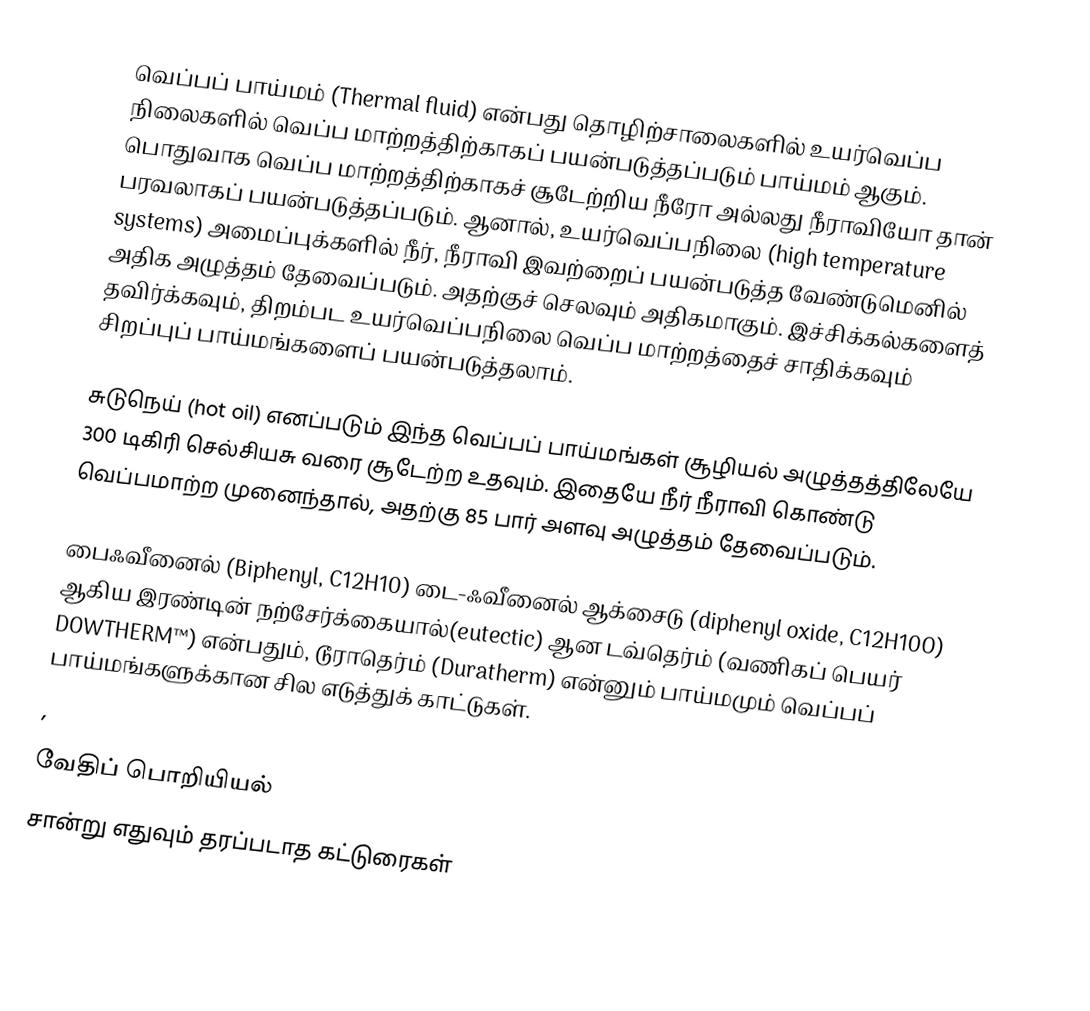
வெப்பப் பாய்மம் (Thermal fluid) என்பது தொழிற்சாலைகளில் உயர்வெப்ப நிலைகளில் வெப்ப மாற்றத்திற்காகப் பயன்படுத்தப்படும் பாய்மம் ஆகும். பொதுவாக வெப்ப மாற்றத்திற்காகச் சூடேற்றிய நீரோ அல்லது நீராவியோ தான் பரவலாகப் பயன்படுத்தப்படும். ஆனால், உயர்வெப்பநிலை (high temperature systems) அமைப்புக்களில் நீர், நீராவி இவற்றைப் பயன்படுத்த வேண்டுமெனில் அதிக அழுத்தம் தேவைப்படும். அதற்குச் செலவும் அதிகமாகும். இச்சிக்கல்களைத் தவிர்க்கவும், திறம்பட உயர்வெப்பநிலை வெப்ப மாற்றத்தைச் சாதிக்கவும் சிறப்புப் பாய்மங்களைப் பயன்படுத்தலாம்.

சுடுநெய் (hot oil) எனப்படும் இந்த வெப்பப் பாய்மங்கள் சூழியல் அழுத்தத்திலேயே 300 டிகிரி செல்சியசு வரை சூடேற்ற உதவும். இதையே நீர் நீராவி கொண்டு வெப்பமாற்ற முனைந்தால், அதற்கு 85 பார் அளவு அழுத்தம் தேவைப்படும்.

பைஃவீனைல் (Biphenyl, C12H10) டை-ஃவீனைல் ஆக்சைடு (diphenyl oxide, C12H10O) ஆகிய இரண்டின் நற்சேர்க்கையால்(eutectic) ஆன டவ்தெர்ம் (வணிகப் பெயர் DOWTHERM™) என்பதும், டூராதெர்ம் (Duratherm) என்னும் பாய்மமும் வெப்பப் பாய்மங்களுக்கான சில எடுத்துக் காட்டுகள்.
,

வேதிப் பொறியியல்
சான்று எதுவும் தரப்படாத கட்டுரைகள்